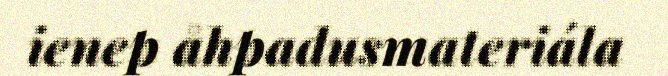
ienep åhpadusmateriála